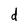
Character: d